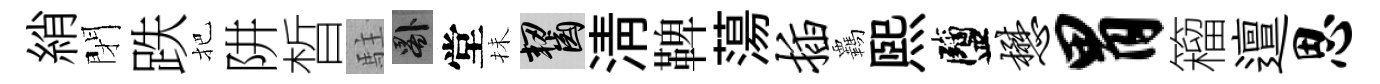
綃閉跌把阱晳駐晷堂抺齧淸鞞蕩插覊煕鹽懋胃籕邅思